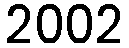
2002